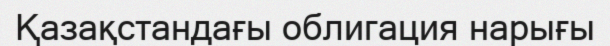
Қазақстандағы облигация нарығы